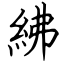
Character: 紼